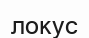
локус